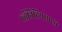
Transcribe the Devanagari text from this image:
प्लॅनिटियामध्ये